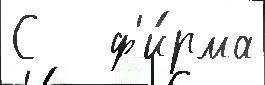
С   ф'и́рма